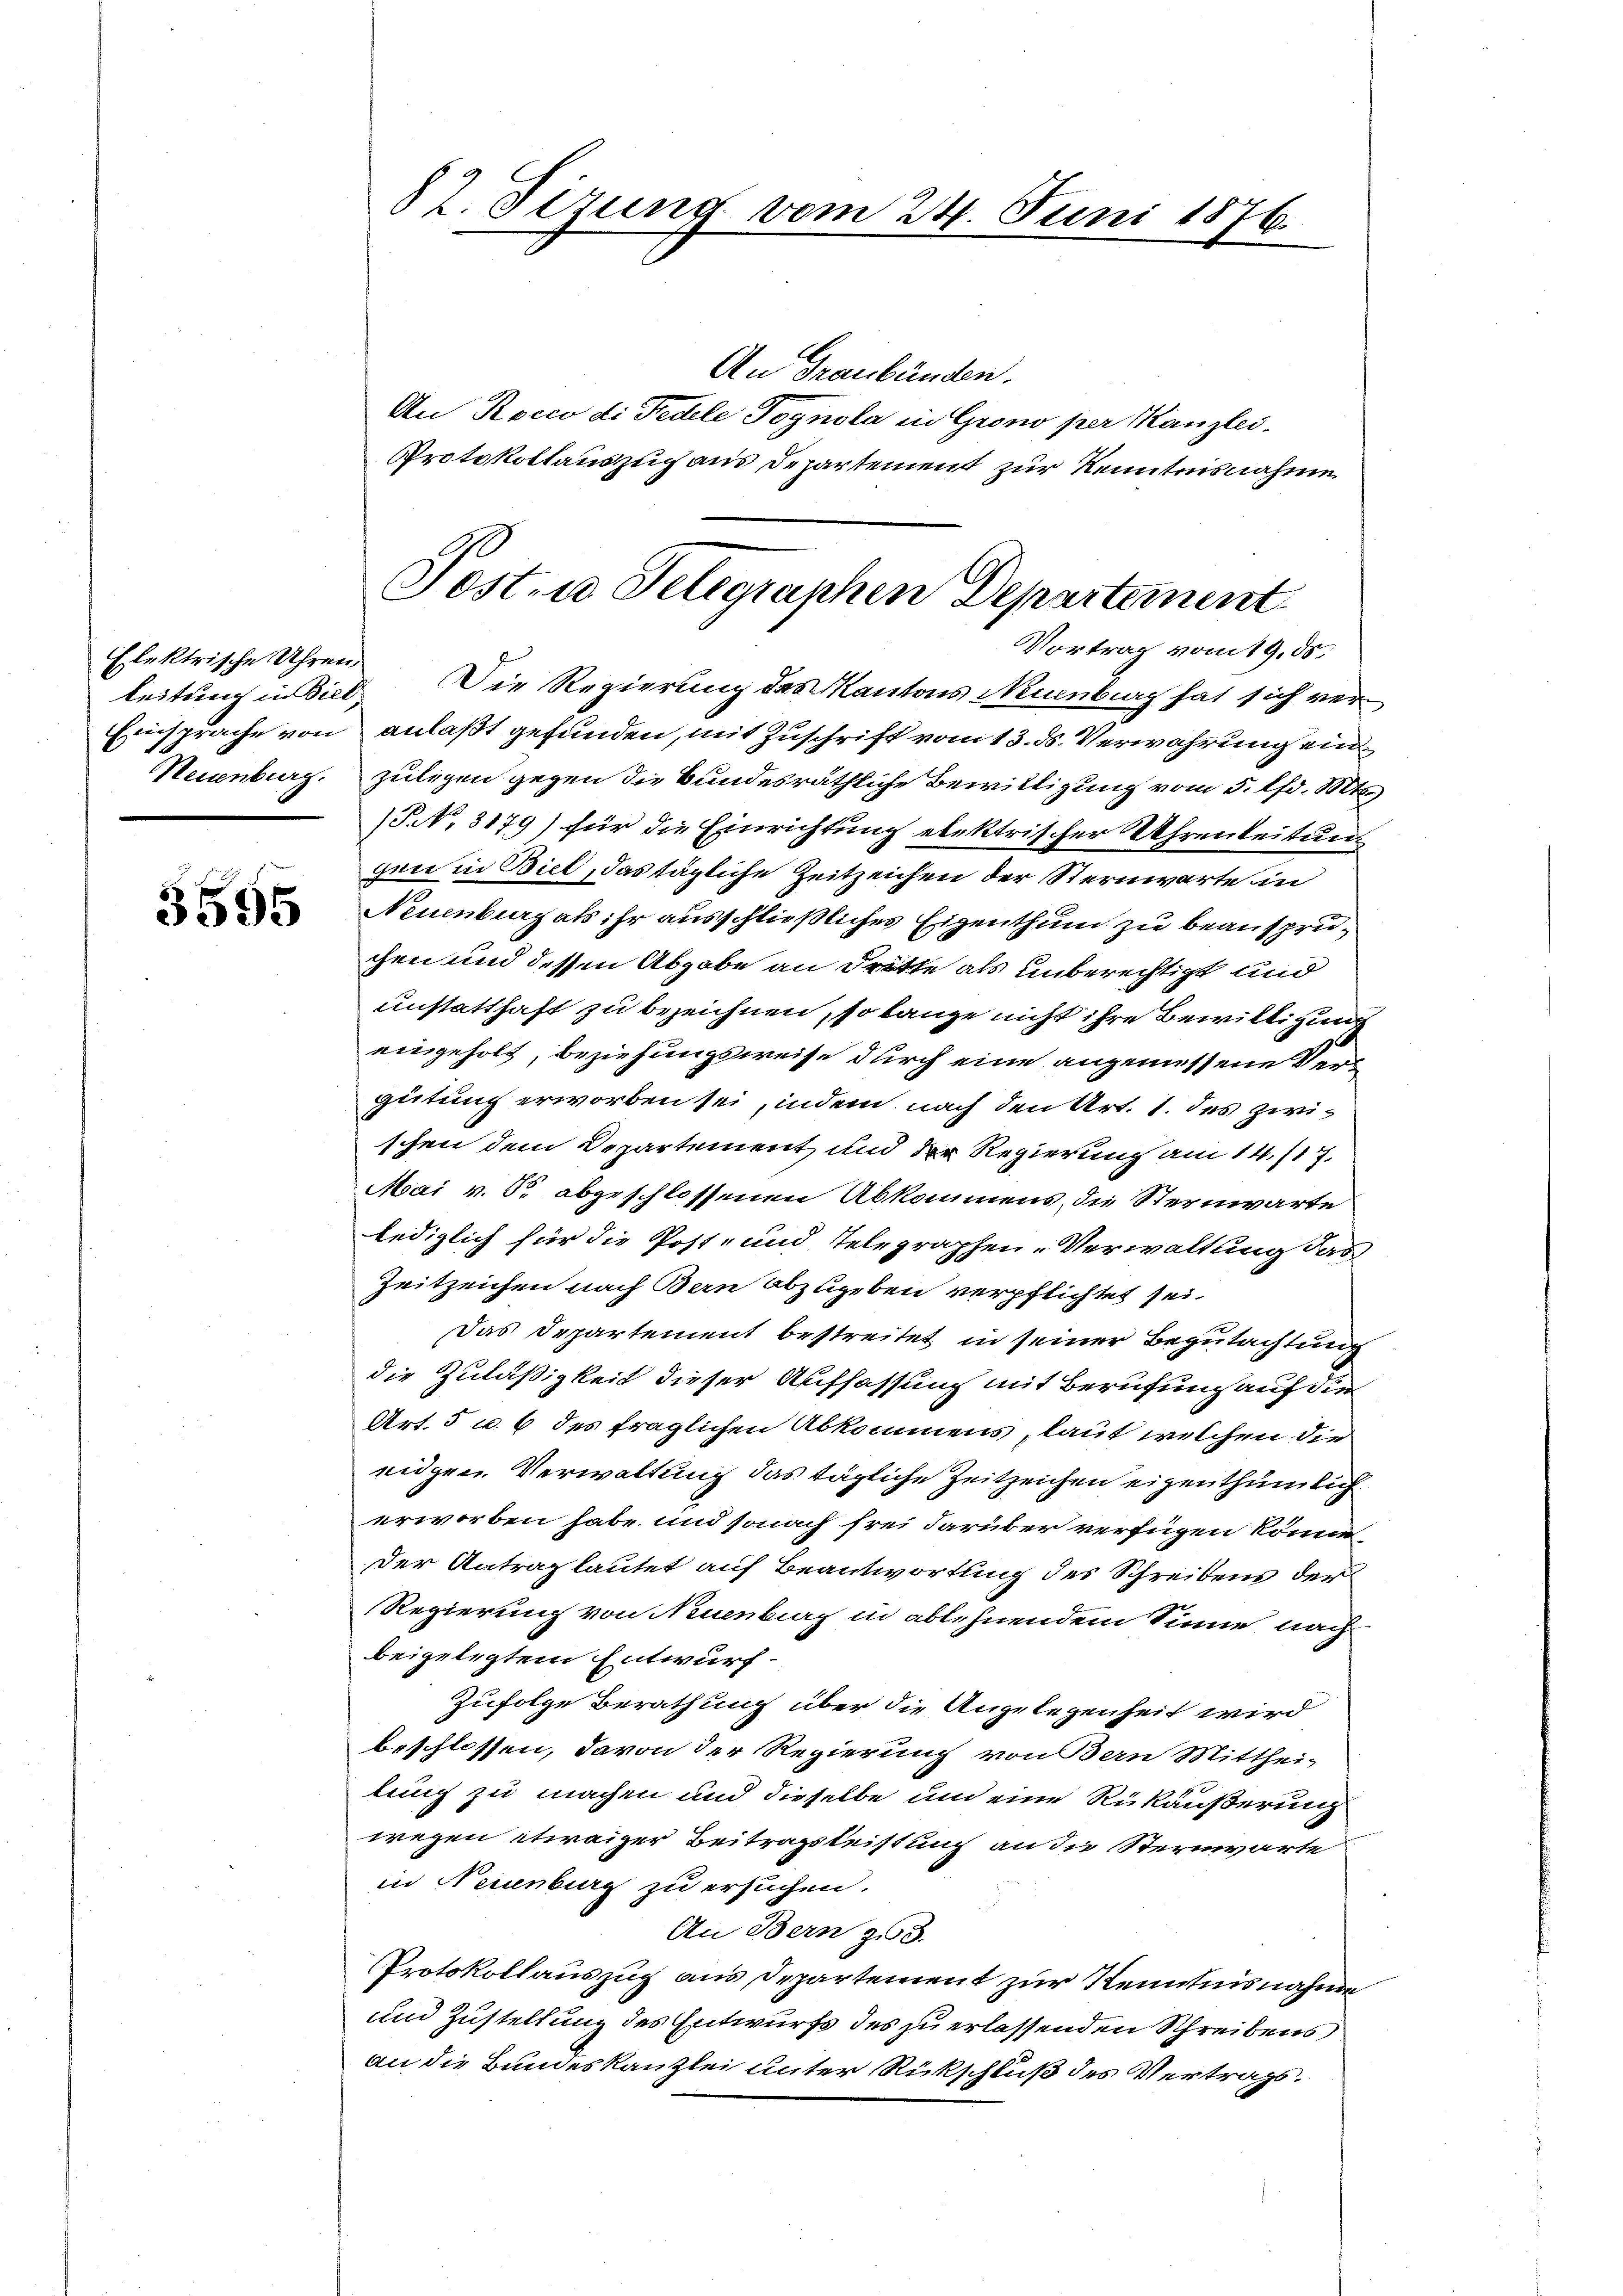
Elektrische Uhren.
Einsprache von
Neuenburg.

3595

82. Sizung vom 24. Juni 1876.

An Graubünden.
An Rocco di Fedele Tognola in Grono per Kanzles
Protokollauszug aus Departement zur Kenntnisnahme
leitung in Biel. Die Regierung des Kantons Neuenburg hat sich veranlaßt gefunden, mit Zuschrift vom 13. ds. Verwahrung einzulegen gegen die Bundesräthliche Bewilligung vom 5. lfd. Mts.
(P No. 3179) für die Einrichtung elektrischer Uhrenleitung
gen in Biel, das tägliche Zeitzeichen der Sternwarte in
Neuenburg als ihr ausschließliches Eigenthum zu beanspruchen und dessen Abgabe an Dritte als unberechtigt und
unstatthaft zu bezeichnen, so lange nicht ihre Bewilligung
eingeholt, beziehungsweise durch eine angemessene Vers
gütung erworben sei, indem nach den Art. 1. des zwischen dem Departement und der Regierung am 14./17
Mai v. 5. abgeschlossenen Abkommens die Sternwarte
lediglich für die Post- und Telegraphen-Verwaltung das
Zeitzeichen nach Bern abzugeben verpflichtet sei.
Das Departement bestreitet in seiner Begutachtung
die Zuläßigkeit dieser Auffassung mit Berufung auf die
Art. 5 u. 6 des fraglichen Abkommens, laut welchen die
eidgen. Verwaltung das tägliche Zeitzeichen eigenthümlich
erworben habe und sonach frei darüber verfügen könne,
Der Antrag lautet auf Beantwortung des Schreibens der
Regierung von Neuenburg in ablehnendem Sinne, nach
beigelegtem Entwurf.
Zufolge Berathung über die Angelegenheit wird
beschlossen, davon der Regierung von Bern Mitthei-
lung zu machen und dieselbe um eine Rükäußerung
wegen etwaiger Beitragsleistung an die Sternwarte
in Neuenburg zu ersuchen.
An Bern zu 3.
Protokollauszug aus Departement zur Kenntnisnahme
und Zustellung des Entwurfs des zu erlassenden Schreibens
an die Bundeskanzlei unter Rückschluß des Vertrags¬

Posten Telegraphen Departement
Vortrag vom 19. ds.